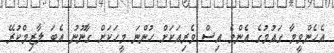
އެހެންވީމާ ގައުމުގެ އެންމެ އިސް ވެރިއަކަށް ހުންނަ މީހަކަށް ގާނޫނު އެބަ ލާޒިމްކުރޭ